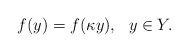
LaTeX: \begin{align*}f(y)=f(\kappa y), \ \ y\in Y.\end{align*}